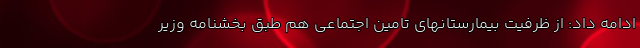
ادامه داد: از ظرفیت بیمارستانهای تامین اجتماعی هم طبق بخشنامه وزیر